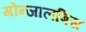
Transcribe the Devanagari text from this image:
गोन्जालबिस